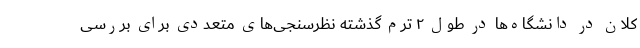
کلان در دانشگاه‌ها در طول ۲ ترم گذشته نظرسنجی‌های متعددی برای بررسی